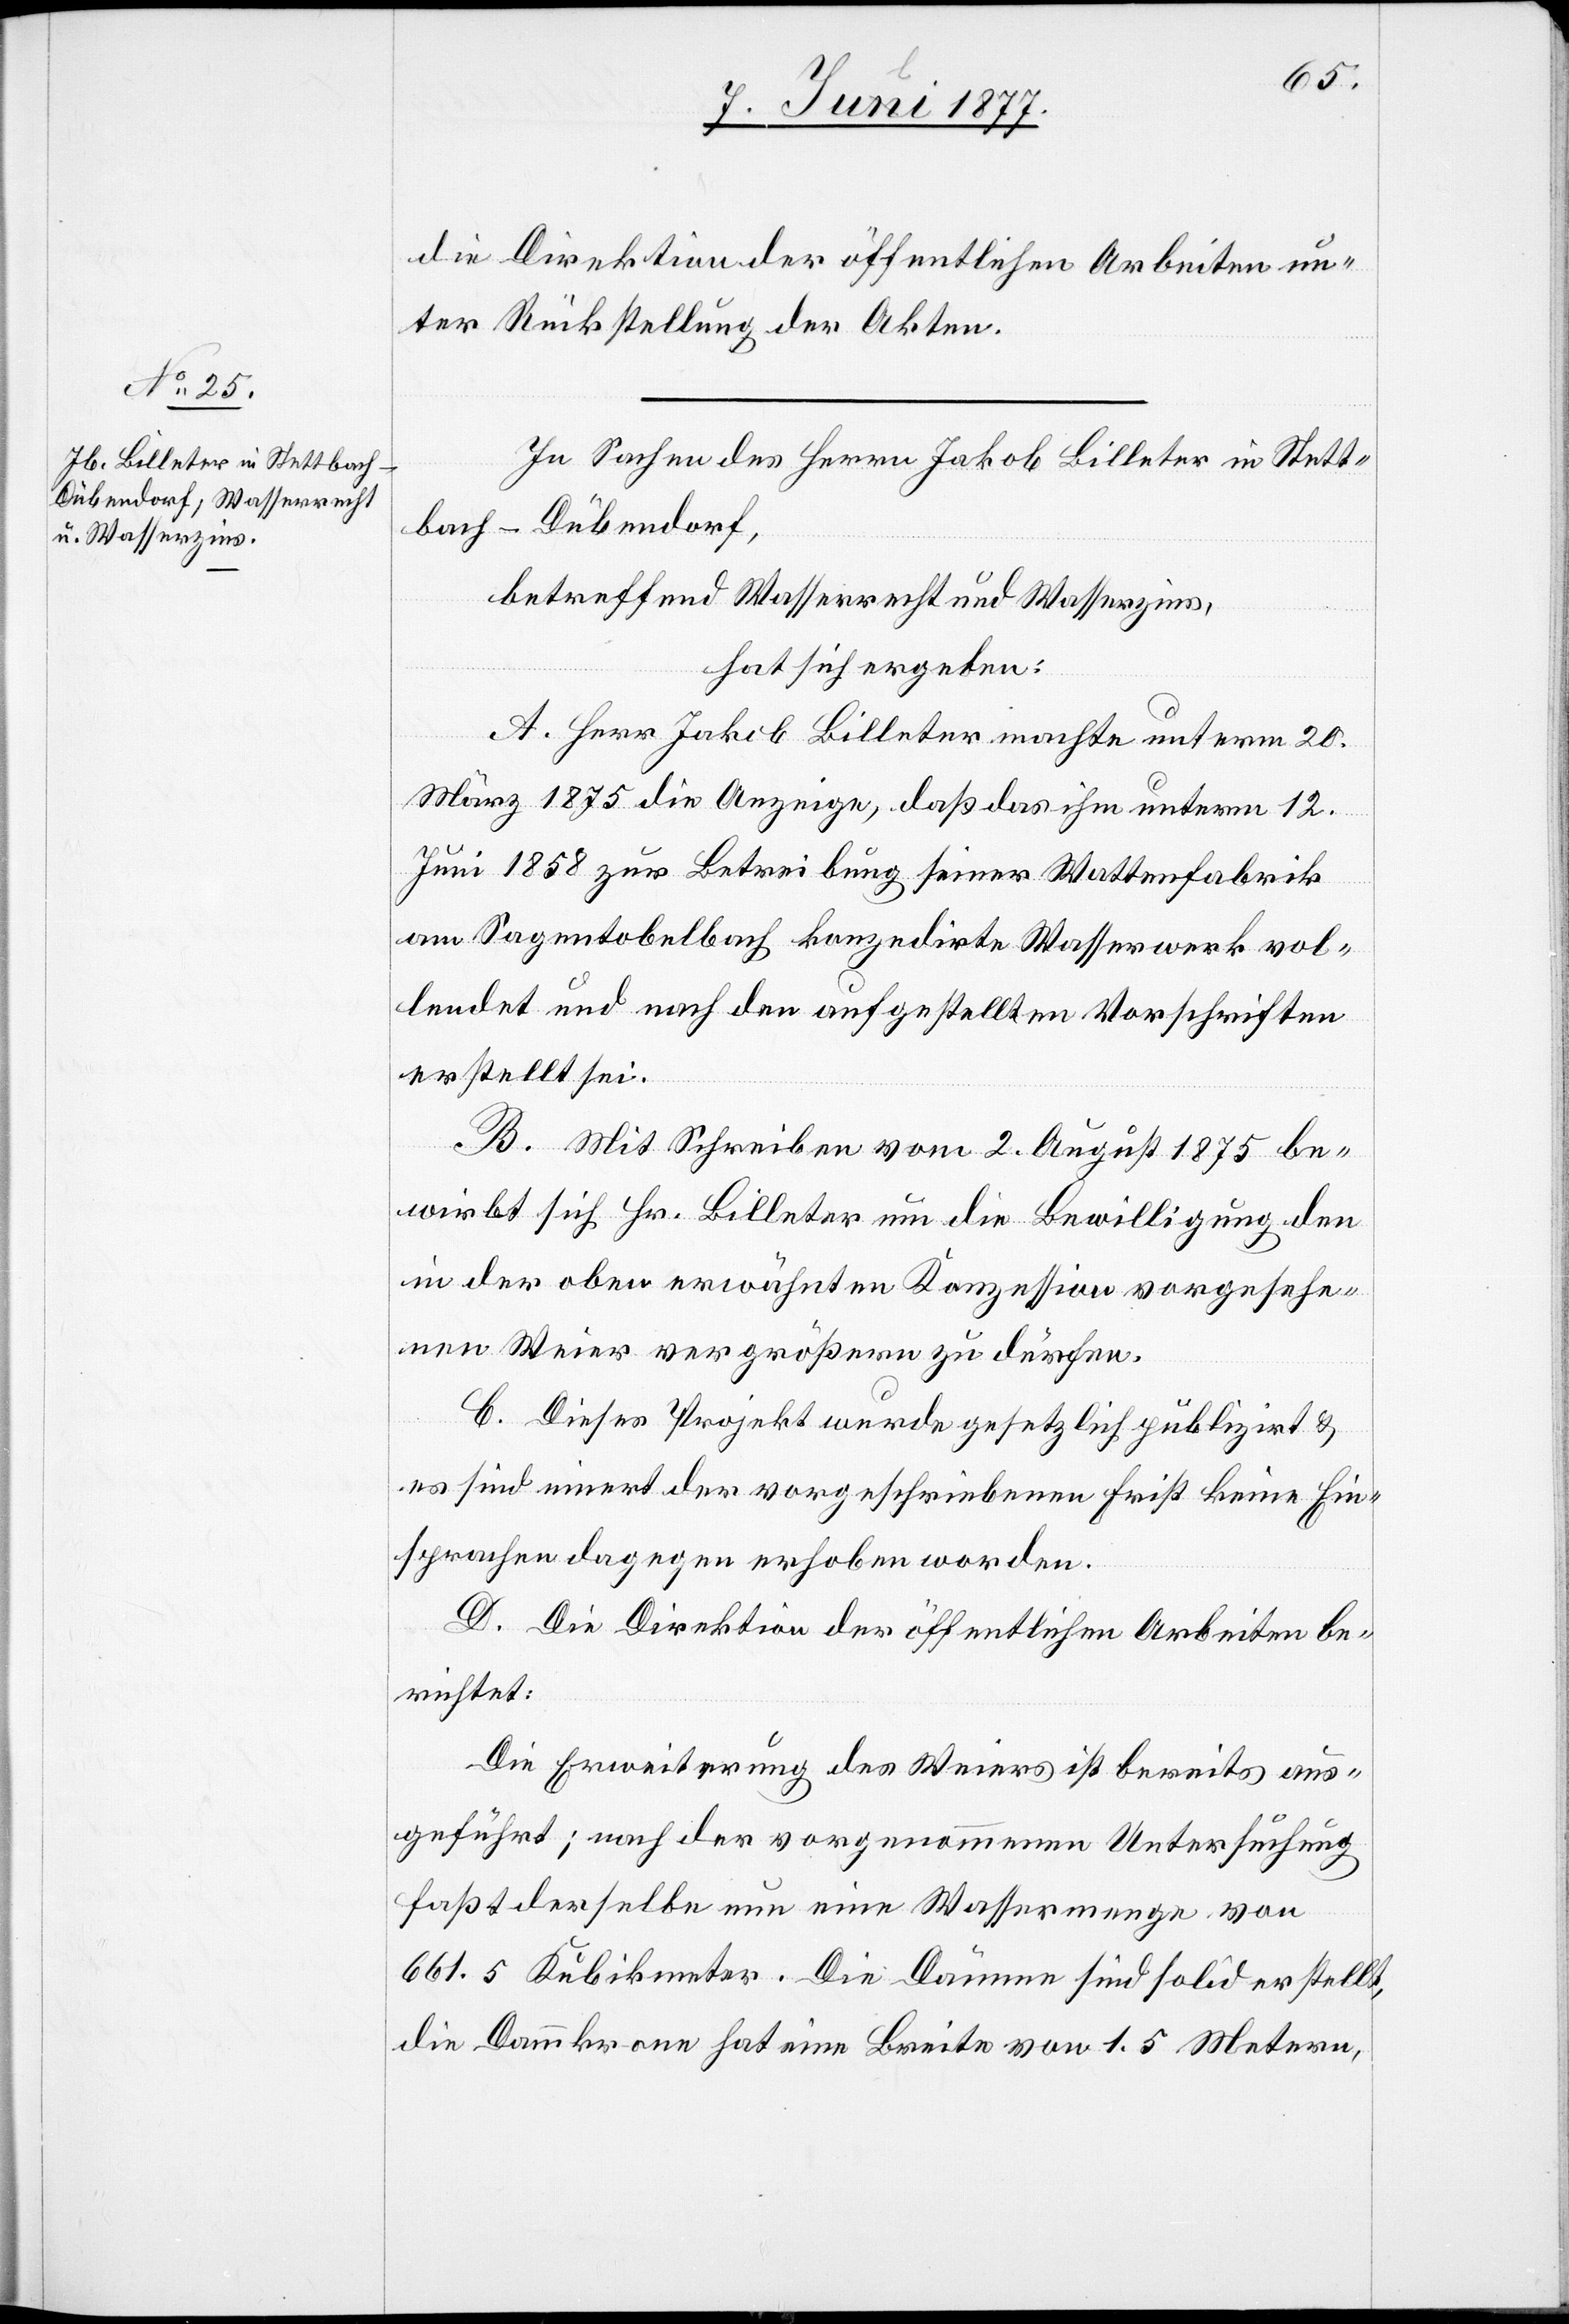
die Direktion der öffentlichen Arbeiten un¬
ter Rückstellung der Akten.
In Sachen des Herrn Jakob Billeter in Stett¬
bach - Dübendorf,
betreffend Wasserrecht und Wasserzins,
hat sich ergeben:
A. Herr Jakob Billeter machte unterm 20.
März 1875 die Anzeige, daß das ihm unterm 12.
Juni 1858 zur Betreibung seiner Wattenfabrik
am Sagentobelbach konzedirte Wasserwerk vol¬
lendet und nach den aufgestellten Vorschriften
erstellt sei.
B. Mit Schreiben vom 2. August 1875 be¬
wirbt sich Hr. Billeter um die Bewilligung den
in der oben erwähnten Konzession vorgesehe¬
nen Weier vergrößern zu dürfen.
C. Dieses Projekt wurde gesetzlich publizirt &
es sind innert der vorgeschriebenen Frist keine Ein¬
sprachen dagegen erhoben worden.
D. Die Direktion der öffentlichen Arbeiten be¬
richtet:
Die Erweiterung des Weiers ist bereits aus¬
geführt; nach der vorgenommenen Untersuchung
faßt derselbe nun eine Wassermenge von
661.5 Kubikmeter. Die Dämme sind solid erstellt,
die Dammkrone hat eine Breite von 1.5 Metern,